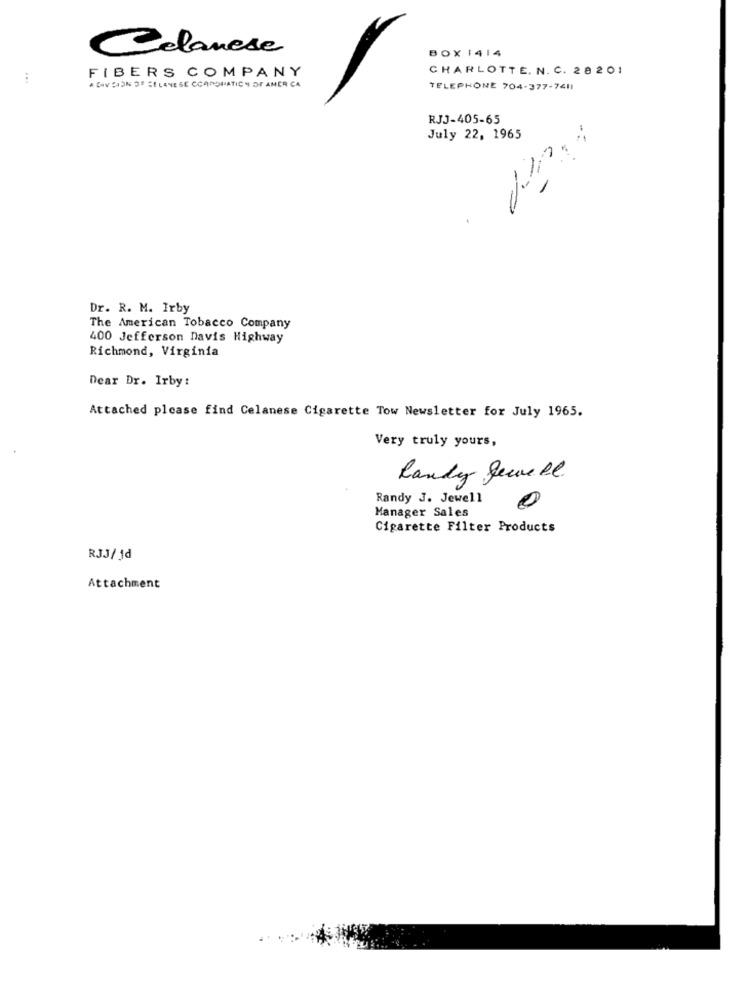
Celanese
BOX 1414
FIBERS COMPANY
CHARLOTTE. N. C. 28 2 01
A DIV SION DE SELANE SE CCANOMATICY OF AMER CA
TELEPHONE 704-377-7411
RJJ-405-65
July 22, 1965
Dr. R. M. Irby
The American Tobacco Company
400 Jefferson Davis Highway
Richmond, Virginia
Dear Dr. Irby:
Attached please find Celanese Cigarette Tow Newsletter for July 1965.
Very truly yours,
Randy Jewell.
Randy J. Jewell
0
Manager Sales
Cigarette Filter Products
RJJ/ d
Attachment